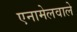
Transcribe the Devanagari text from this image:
एनामेलवाले